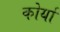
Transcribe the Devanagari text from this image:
कोर्या